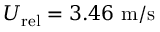
U _ { \mathrm { r e l } } = 3 . 4 6 ~ \mathrm { m / s }